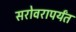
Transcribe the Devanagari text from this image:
सरोवरापर्यंत